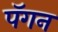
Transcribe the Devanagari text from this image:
पॅगन